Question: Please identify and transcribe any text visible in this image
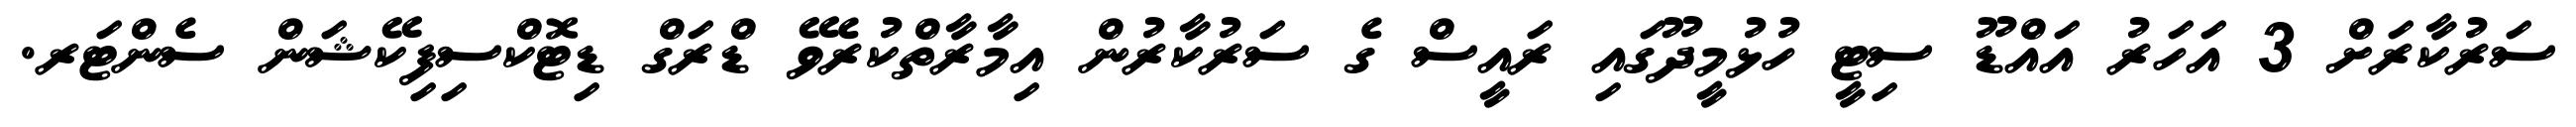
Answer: ސަރުކާރަށް 3 އަހަރު އައްޑޫ ސިޓީ ހުޅުމީދޫގައި ރައީސް ގެ ސަރުކާރުން އިމާރާތްކުރެވޭ ޑްރަގް ޑިޓޮކްސިފިކޭޝަން ސެންޓަރ.